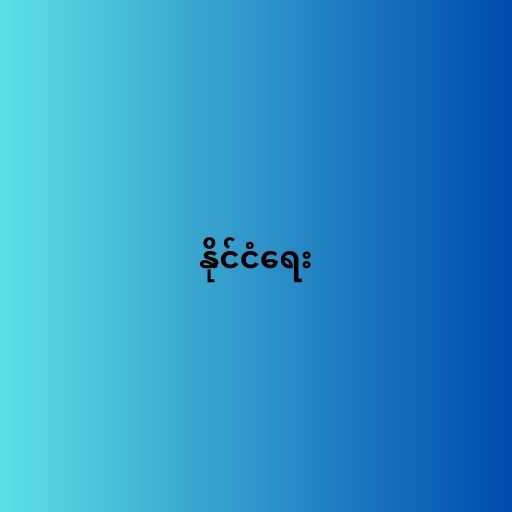
နိုင်ငံရေး